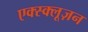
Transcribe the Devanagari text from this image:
एक्स्क्लूज़न